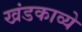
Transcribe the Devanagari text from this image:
खंडकाव्ये